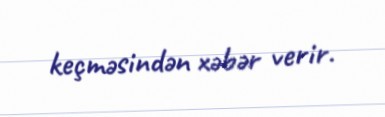
keçməsindən xəbər verir.